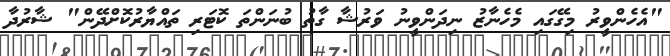
"އެހެންވީރު މިގޭގައި މެހެނާޒު ނިދަންވީނު ވަރުޝާ ގާތު ބުނަންތަ ކޮޓަރި ތައްޔާރުކޮށްދޭން" ޝާރުދާ